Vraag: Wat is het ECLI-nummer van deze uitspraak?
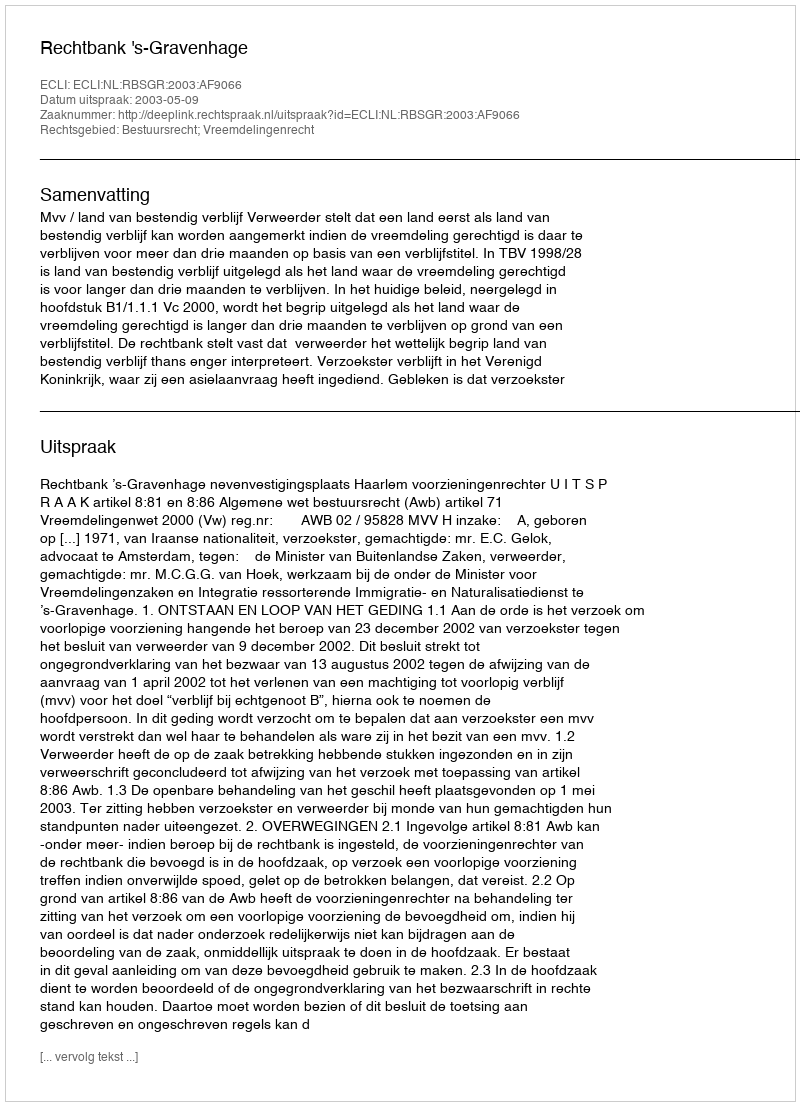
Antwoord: ECLI:NL:RBSGR:2003:AF9066